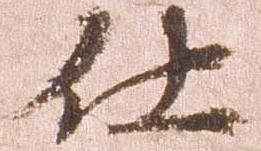
仕